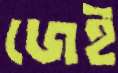
জেই